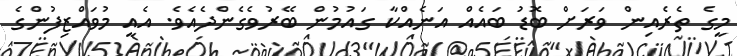
މީގެ ތެރެއިން ވަރަށް ބޮޑު ބައެއް އަނެއްކާ ގައުމުން ބޭރުވެގެންދެއެވެ. އެއީ މުވައްޒިފުންގެ